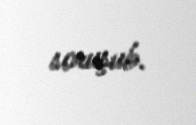
soruşub.